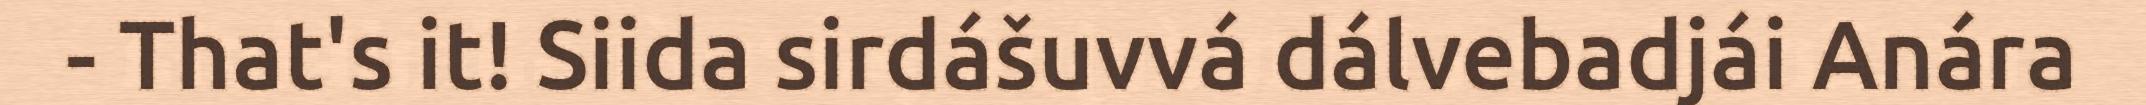
- That's it! Siida sirdášuvvá dálvebadjái Anára